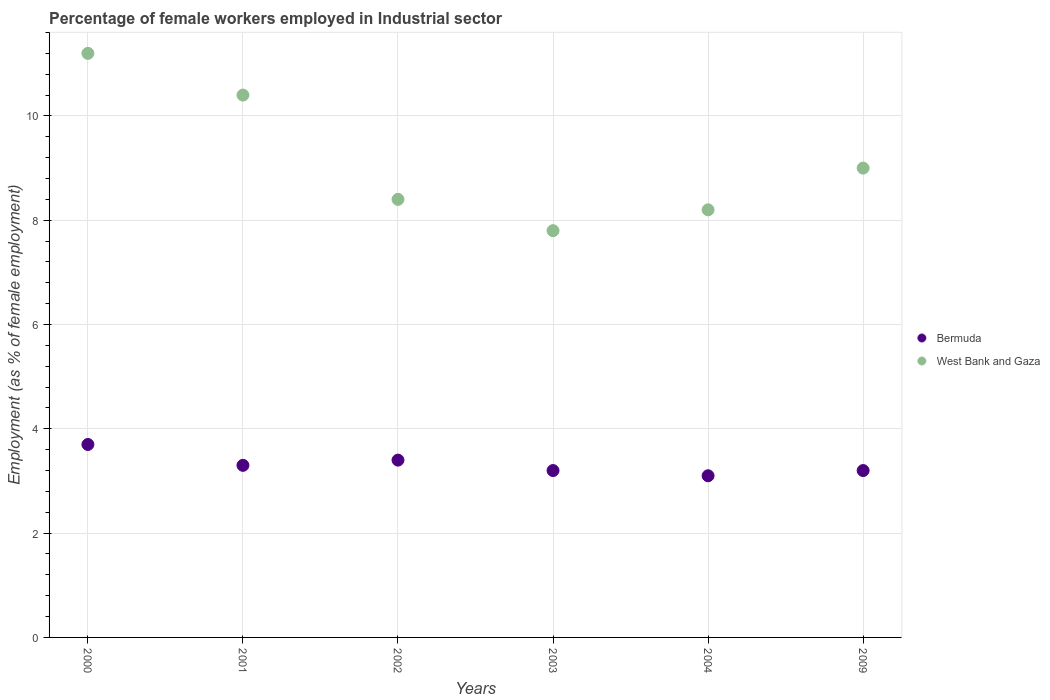
| Years | Bermuda | West Bank and Gaza |
 | --- | --- | --- |
 | 2000 | 3.7 | 11.2 |
 | 2001 | 3.3 | 10.4 |
 | 2002 | 3.4 | 8.4 |
 | 2003 | 3.2 | 7.8 |
 | 2004 | 3.1 | 8.2 |
 | 2009 | 3.2 | 9 |